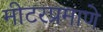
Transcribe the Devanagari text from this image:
मीटरप्रमाणे